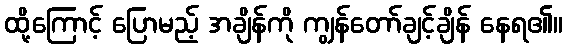
ထို့ကြောင့် ပြောမည့် အချိန်ကို ကျွန်တော်ချင့်ချိန် နေရ၏။